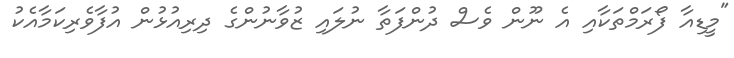
"މީޑިއާ ފޯރަމްތަކާއި އެ ނޫން ވެސް ދުންފަތާ ނުލައި ޒުވާނުންގެ ދިރިއުޅުން އުފާވެރިކަމާއެކު